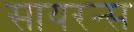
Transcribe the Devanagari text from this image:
सायरन्स